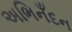
અભિનઁદન